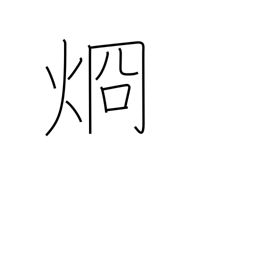
Meaning: clear